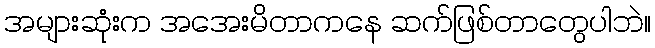
အများဆုံးက အအေးမိတာကနေ ဆက်ဖြစ်တာတွေပါဘဲ။